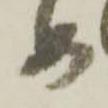
め